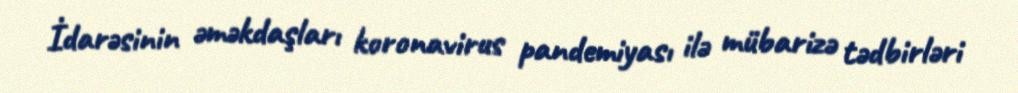
İdarəsinin əməkdaşları koronavirus pandemiyası ilə mübarizə tədbirləri